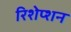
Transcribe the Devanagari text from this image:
रिशेप्शन